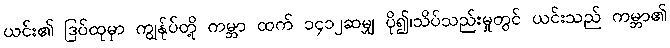
ယင်း၏ ဒြပ်ထုမှာ ကျွန်ုပ်တို့ ကမ္ဘာ ထက် ၁၄၁၂ဆမျှ ပို၍၊သိပ်သည်းမှုတွင် ယင်းသည် ကမ္ဘာ၏